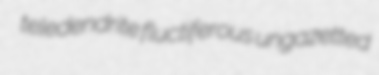
teledendrite fluctiferous ungazetted